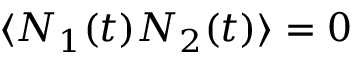
\langle N _ { 1 } ( t ) N _ { 2 } ( t ) \rangle = 0